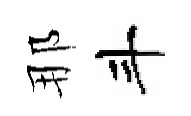
那斗